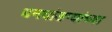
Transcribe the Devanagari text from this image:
धनदांडग्यांच्या